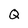
Character: Q